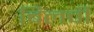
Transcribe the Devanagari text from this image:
बिलची